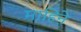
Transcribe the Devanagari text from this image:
माहिने